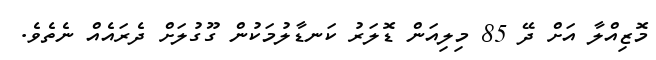
މޮޒިއްލާ އަށް ދޭ 85 މިލިއަން ޑޮލަރު ކަނޑާލުމަކުން ގޫގުލަށް ދެރައެއް ނެތެވެ.